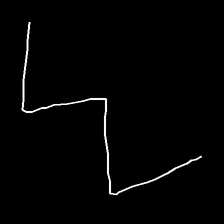
Glyph: crush